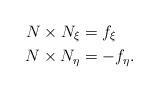
LaTeX: \begin{align*} N\times N_{\xi}&=f_{\xi}\\ N\times N_{\eta}&=-f_{\eta}.\end{align*}